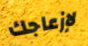
لإزعاجك